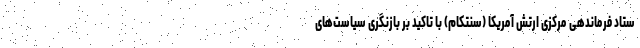
ستاد فرماندهی مرکزی ارتش آمریکا (سنتکام) با تاکید بر بازنگری سیاست‌های